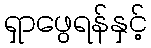
ရှာဖွေရန်နှင့်